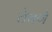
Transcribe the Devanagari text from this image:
ठेचणे